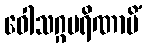
ဝေါသဂ္ဂပရိဏာမိံ